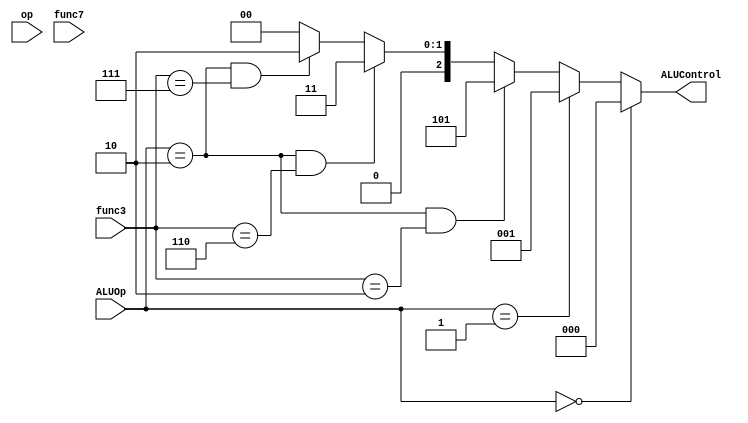
`timescale 1ns / 1ps
//////////////////////////////////////////////////////////////////////////////////
// Company: 
// Engineer: 
// 
// Design Name: 
// Module Name: alu decoder
// Project Name: 
// Target Devices: 
// Tool Versions: 
// Description: 
// 
// Dependencies: 
// 
// Revision:
// Revision 0.01 - File Created
// Additional Comments:
// 
//////////////////////////////////////////////////////////////////////////////////


module alu_decoder(ALUOp,op,func3,func7,ALUControl);
input [6:0] op;
input [6:0] func7;
input [1:0] ALUOp;
input [2:0] func3;
output [2:0] ALUControl;

wire cancatenation;

assign cancatenation = {op,func7};

assign ALUControl = (ALUOp == 2'b00) ? 3'b000 :
                    (ALUOp == 2'b01) ? 3'b001 :
                    ((ALUOp == 2'b10) & (func3 == 3'b010)) ? 3'b101 :
                    ((ALUOp == 2'b10) & (func3 == 3'b110)) ? 3'b011 :
                    ((ALUOp == 2'b10) & (func3 == 3'b111)) ? 3'b010 :
                    ((ALUOp == 2'b10) & (func3 == 3'b000) & (cancatenation == 2'b11)) ? 3'b001 :
                    /// here we not 11 the cancatenation to enable 00,01,10 //
                    ((ALUOp == 2'b10) & (func3 == 3'b000) & (cancatenation != 2'b11)) ? 3'b000 : 3'b000;

 


endmodule